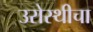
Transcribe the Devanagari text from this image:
उरोस्थीचा